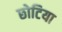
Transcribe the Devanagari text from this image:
छोटिया